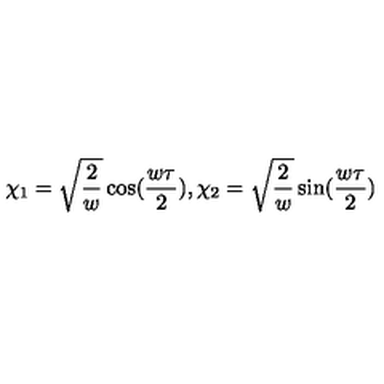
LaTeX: \chi _ { 1 } = \sqrt { \frac { 2 } { w } } \cos ( \frac { w \tau } { 2 } ) , { } \chi _ { 2 } = \sqrt { \frac { 2 } { w } } \sin ( \frac { w \tau } { 2 } )